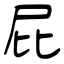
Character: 屁